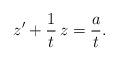
LaTeX: \begin{align*} z' + \frac{1}{t}\, z = \frac{a}{t}.\end{align*}